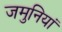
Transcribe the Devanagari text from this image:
जमुनियां